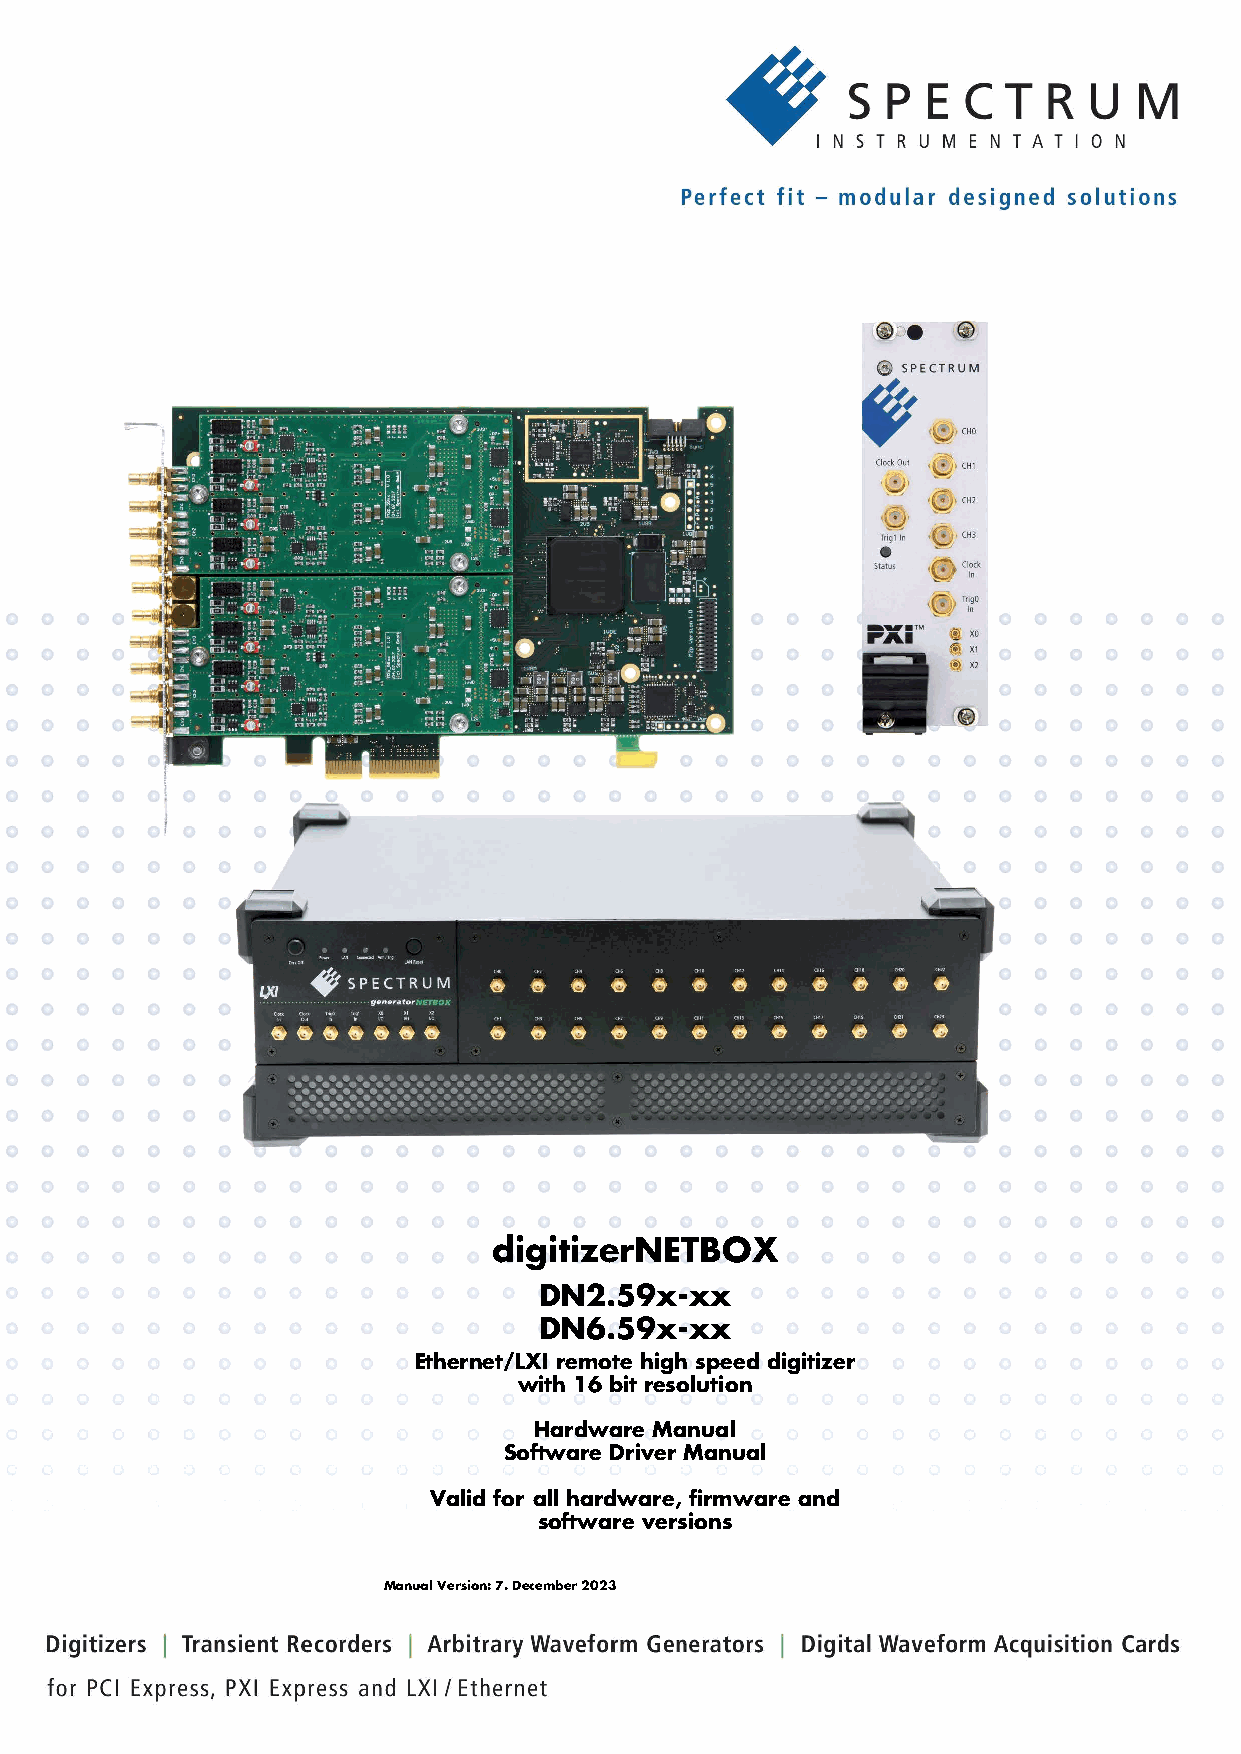
digitizerNETBOX
 DN2.59x-xx
 DN6.59x-xx
 Ethernet/LXI remote high speed digitizer
 with 16 bit resolution
 Hardware Manual
 Software Driver Manual
 Valid for all hardware, firmware and
 software versions
 Manual Version: 7. December 2023